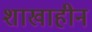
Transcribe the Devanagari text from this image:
शाखाहीन